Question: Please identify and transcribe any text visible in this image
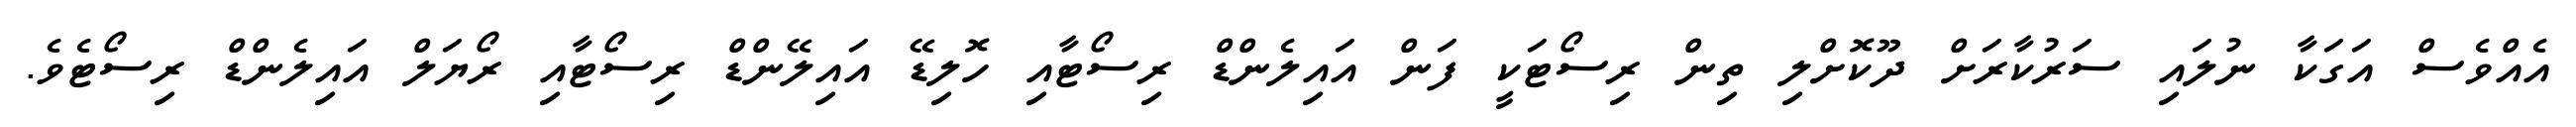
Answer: އެއްވެސް އަގަކާ ނުލައި ސަރުކާރަށް ދޫކޮށްލި ތިން ރިސޯޓަކީ ފަން އައިލެންޑް ރިސޯޓާއި ހޮލިޑޭ އައިލޭންޑް ރިސޯޓާއި ރޯޔަލް އައިލެންޑް ރިސޯޓެވެ.